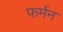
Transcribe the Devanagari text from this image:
फर्मन